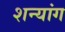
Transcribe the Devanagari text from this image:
शन्यांग